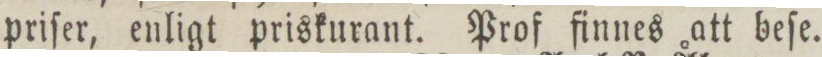
priſer, enligt priskurant. Prof finnes att beſe.